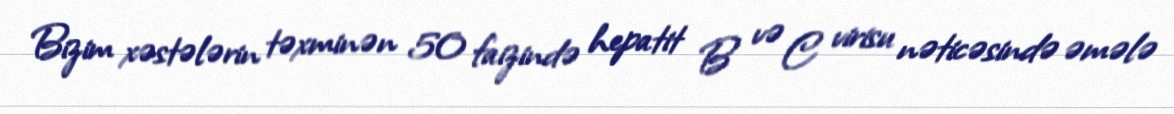
Bizim xəstələrin təxminən 50 faizində hepatit B və C virisu nəticəsində əmələ